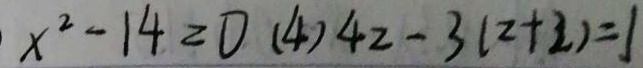
x ^ { 2 } - 1 4 = 0 ( 4 ) 4 2 - 3 ( 2 + 2 ) = 1